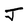
Character: J